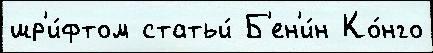
шр'и́фтом статьи́ Б'ен'и́н Ко́нго